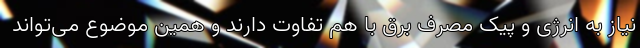
نیاز به انرژی و پیک مصرف برق با هم تفاوت دارند و همین موضوع می‌تواند